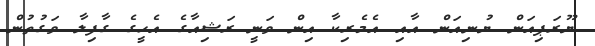
ޔޫރަޕިއަން ޔުނިއަން އާއި އެމެރިކާ އިން ވަނީ ރަޝިއާގެ އެހީގެ ގާފިލާ ވަގުތުން